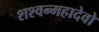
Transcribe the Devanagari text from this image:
शश्वन्महादेवो